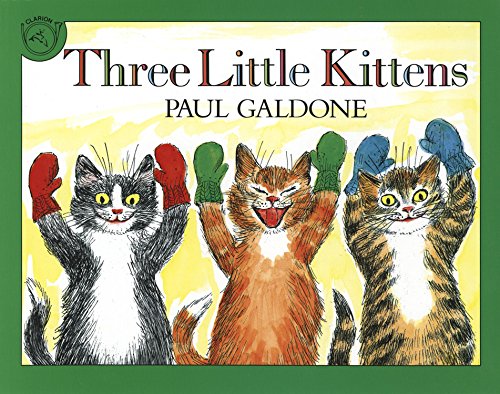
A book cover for Three Little Kittens (Folk Tale Classics); Paul Galdone; Children's Books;